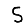
Digit: 5